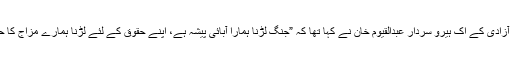
کشمیر کی آزادی کے اک ہیرو سردار عبدالقیوم خان نے کہا تھا کہ ”جنگ لڑنا ہمارا آبائی پیشہ ہے، اپنے حقوق کے لئے لڑنا ہمارے مزاج کا حصہ ہے‘‘۔